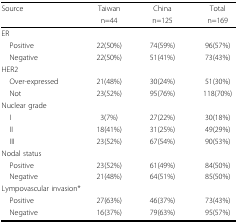
<table><thead><tr><td><b>Source</b></td><td><b>Taiwan</b></td><td></td><td><b>China</b></td><td></td><td><b>Total</b></td></tr><tr><td></td><td><b>n=44</b></td><td></td><td><b>n=125</b></td><td></td><td><b>n=169</b></td></tr></thead><tbody><tr><td>ER</td><td></td><td></td><td></td><td></td><td></td></tr><tr><td> Positive</td><td>22(50%)</td><td></td><td>74(59%)</td><td></td><td>96(57%)</td></tr><tr><td> Negative</td><td>22(50%)</td><td></td><td>51(41%)</td><td></td><td>73(43%)</td></tr><tr><td>HER2</td><td></td><td></td><td></td><td></td><td></td></tr><tr><td> Over-expressed</td><td>21(48%)</td><td></td><td>30(24%)</td><td></td><td>51(30%)</td></tr><tr><td> Not</td><td>23(52%)</td><td></td><td>95(76%)</td><td></td><td>118(70%)</td></tr><tr><td>Nuclear grade</td><td></td><td></td><td></td><td></td><td></td></tr><tr><td> I</td><td>3(7%)</td><td></td><td>27(22%)</td><td></td><td>30(18%)</td></tr><tr><td> II</td><td>18(41%)</td><td></td><td>31(25%)</td><td></td><td>49(29%)</td></tr><tr><td> III</td><td>23(52%)</td><td></td><td>67(54%)</td><td></td><td>90(53%)</td></tr><tr><td>Nodal status</td><td></td><td></td><td></td><td></td><td></td></tr><tr><td> Positive</td><td>23(52%)</td><td></td><td>61(49%)</td><td></td><td>84(50%)</td></tr><tr><td> Negative</td><td>21(48%)</td><td></td><td>64(51%)</td><td></td><td>85(50%)</td></tr><tr><td>Lympovascular invasion*</td><td></td><td></td><td></td><td></td><td></td></tr><tr><td> Positive</td><td>27(63%)</td><td></td><td>46(37%)</td><td></td><td>73(43%)</td></tr><tr><td> Negative</td><td>16(37%)</td><td></td><td>79(63%)</td><td></td><td>95(57%)</td></tr></tbody></table>